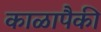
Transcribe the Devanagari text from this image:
काळापैकी